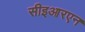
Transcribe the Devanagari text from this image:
सीइआरएन